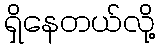
ရှိနေတယ်လို့